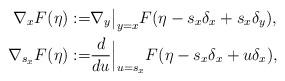
LaTeX: \begin{align*}\nabla_xF(\eta):=&\nabla_y\big|_{y=x}F(\eta-s_x\delta_x+s_x\delta_y),\\\nabla_{s_x}F(\eta):=&\frac{d}{du}\Big|_{u=s_x}F(\eta-s_x\delta_x+u\delta_x),\end{align*}